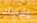
إشارتك